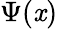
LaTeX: \Psi(\mathit{x})